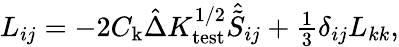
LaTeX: \begin{array}{r}{L_{ij}=-2C_{\mathrm{k}}\hat{\Delta}K_{\mathrm{test}}^{1/2}\hat{\tilde{S}}_{ij}+\frac{1}{3}\delta_{ij}L_{kk},}\end{array}